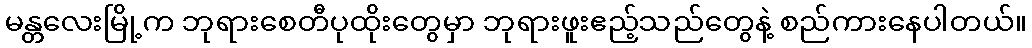
မန္တလေးမြို့က ဘုရားစေတီပုထိုးတွေမှာ ဘုရားဖူးဧည့်သည်တွေနဲ့ စည်ကားနေပါတယ်။